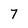
Character: 7